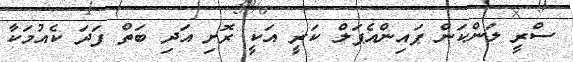
ސްރީ ލަންކަން ޕައިންއެޕަލް ކަރީ އަކީ ރޮށި އަދި ބަތް ފަދަ ކެއުމަކާ